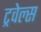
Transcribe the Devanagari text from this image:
ट्रवेल्स